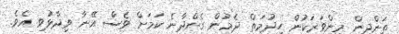
ތަންދިން މިންވަރަކުން ހިދުމަތް ދެމުން ގެންދާނެ ކަމަށް ވެސް އޭނާ ވިދާޅުވި އެވެ.